Scottish Certificate of Education, 1963
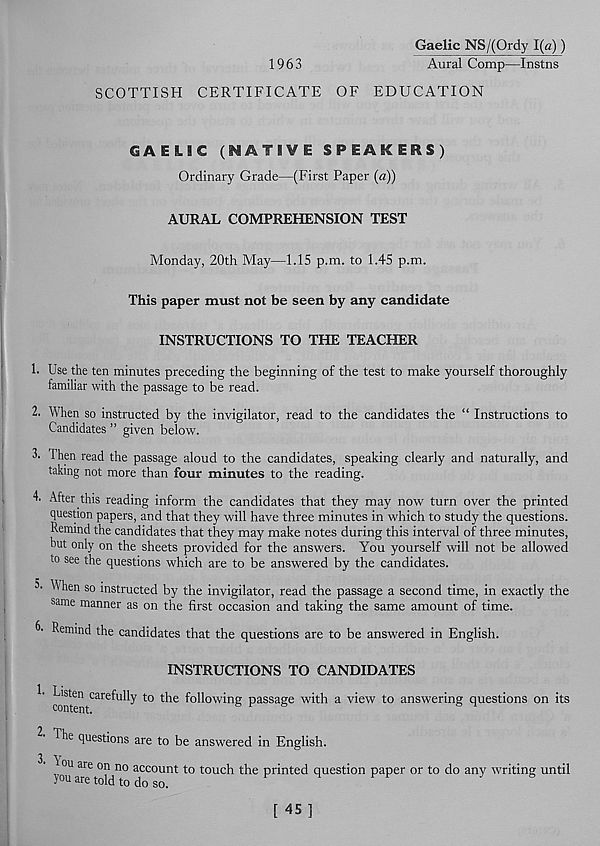
Gaelic NS/(Ordy 1(a))
1963
Aural Comp—Instns
SCOTTISH CERTIFICATE OF EDUCATION
GAELIC (NATIVE SPEAKERS)
Ordinary Grade—(First Paper (a))
AURAL COMPREHENSION TEST
Monday, 20th May—1.15 p.m. to 1.45 p.m.
This paper must not be seen by any candidate
INSTRUCTIONS TO THE TEACHER
1. Use the ten minutes preceding the beginning of the test to make yourself thoroughly
familiar with the passage to be read.
2. When so instructed by the invigilator, read to the candidates the “ Instructions to
Candidates ” given below.
3. Then read the passage aloud to the candidates, speaking clearly and naturally, and
taking not more than four minutes to the reading.
4. After this reading inform the candidates that they may now turn over the printed
question papers, and that they will have three minutes in which to study the questions.
Remind the candidates that they may make notes during this interval of three minutes,
but only on the sheets provided for the answers. You yourself will not be allowed
to see the questions which are to be answered by the candidates.
3’ When so instructed by the invigilator, read the passage a second time, in exactly the
same manner as on the first occasion and taking the same amount of time.
6. Remind the candidates that the questions are to be answered in English.
INSTRUCTIONS TO CANDIDATES
cont; 611 Carefully t0 t^e ^°^o w^n g passage with a view to answering questions on its
The questions are to be answered in English.
^ ou are on no account to touch the printed question paper or to do any writing until
you are told to do so.
[ 45]